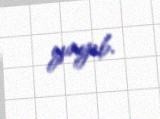
yayıb.